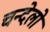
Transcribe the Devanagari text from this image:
चन्देलो